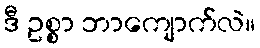
ဒီ ဥစ္စာ ဘာကျောက်လဲ။